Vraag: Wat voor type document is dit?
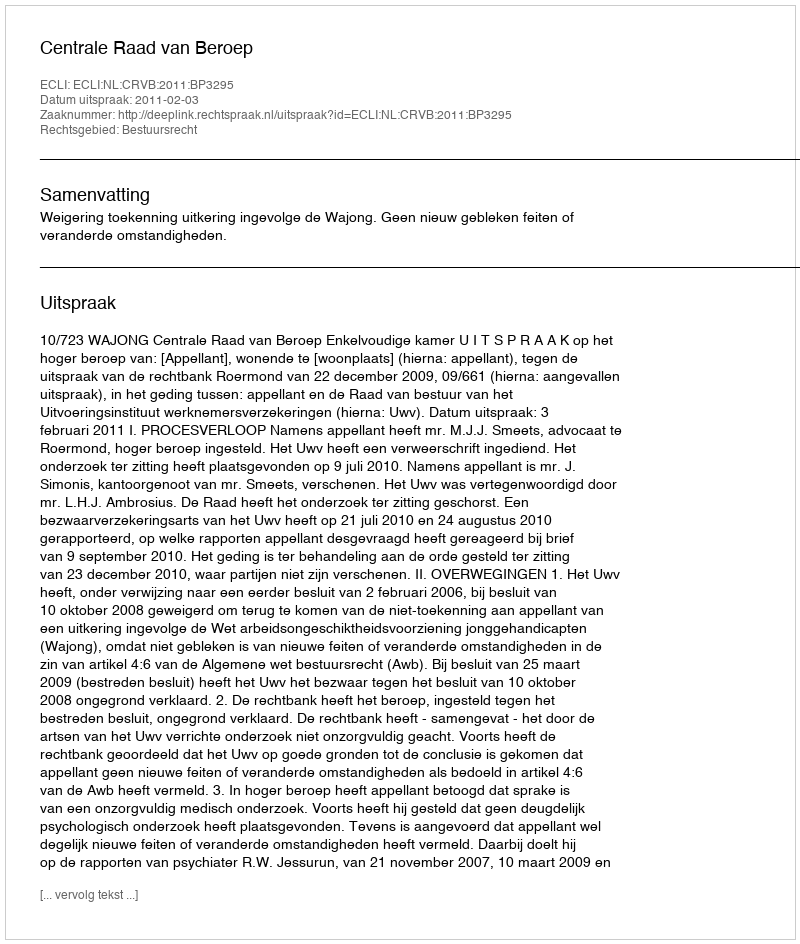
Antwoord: Uitspraak